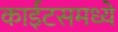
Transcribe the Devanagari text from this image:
काईटसमध्ये